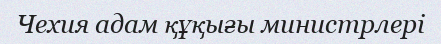
Чехия адам құқығы министрлері